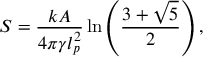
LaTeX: S = \frac { k A } { 4 \pi \gamma l _ { p } ^ { 2 } } \ln \left( \frac { 3 + \sqrt { 5 } } { 2 } \right) ,